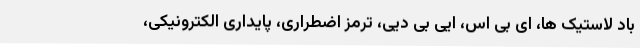
باد لاستیک ها، ای بی اس، ایی بی دیی، ترمز اضطراری، پایداری الکترونیکی،